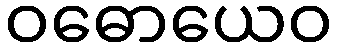
ဝဓောယေဝ